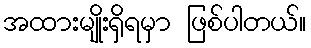
အထားမျိုးရှိရမှာ ဖြစ်ပါတယ်။